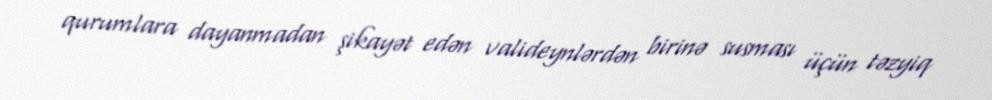
qurumlara dayanmadan şikayət edən valideynlərdən birinə susması üçün təzyiq